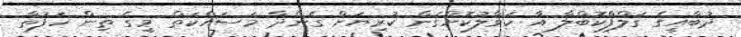
ދުބާއީގެ ގަލްފްކޮބްލާ އާ ހަވާލުކޮށްގެން ކުރިޔަށް ގެންދާ މަސައްކަތް މީގެ ތިން ހަފުތާ